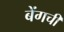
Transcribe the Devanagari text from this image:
बेंगची